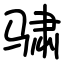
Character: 骕